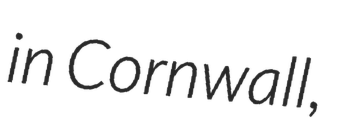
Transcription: in Cornwall,